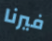
فيرنا